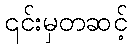
၎င်းမှတဆင့်